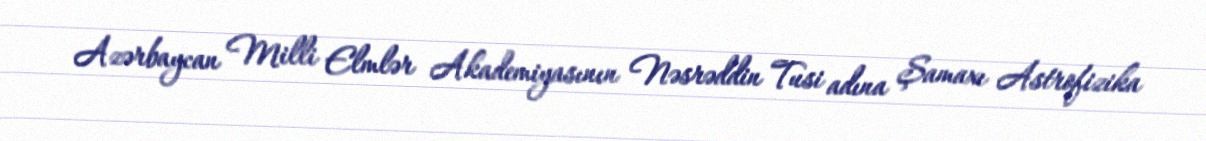
Azərbaycan Milli Elmlər Akademiyasının Nəsrəddin Tusi adına Şamaxı Astrofizika